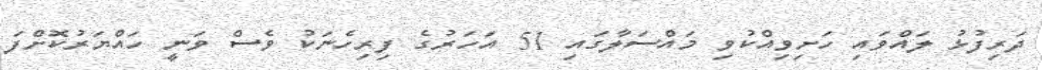
ދަރިފުޅު ލައްވައި ހަށިވިއްކުވި މައްސަލާގައި 51 އަހަރުގެ ފިރިހެނަކު ވެސް ވަނީ ހައްޔަރުކޮށްފަ